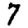
Digit: 7